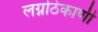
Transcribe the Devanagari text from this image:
लग्नठिकाणी